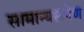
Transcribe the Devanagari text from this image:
सामान्यरूपेण